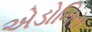
એડોનિસ